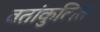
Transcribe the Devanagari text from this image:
वतांकुलित